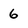
Character: 6